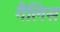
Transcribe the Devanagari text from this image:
गैलिस